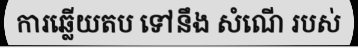
ការឆ្លើយតប ទៅនឹង សំណើ របស់